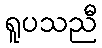
ရူပသညီ